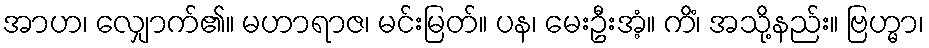
အာဟ၊ လျှောက်၏။ မဟာရာဇ၊ မင်းမြတ်။ ပန၊ မေးဦးအံ့။ ကိံ၊ အသို့နည်း။ ဗြဟ္မာ၊